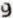
9